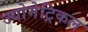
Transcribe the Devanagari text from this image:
ज्योमेट्रिकल